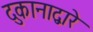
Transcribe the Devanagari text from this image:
दुकानाद्वारे